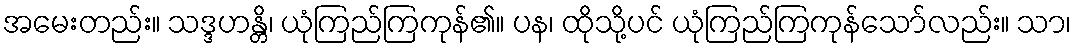
အမေးတည်း။ သဒ္ဒဟန္တိ၊ ယုံကြည်ကြကုန်၏။ ပန၊ ထိုသို့ပင် ယုံကြည်ကြကုန်သော်လည်း။ သာ၊